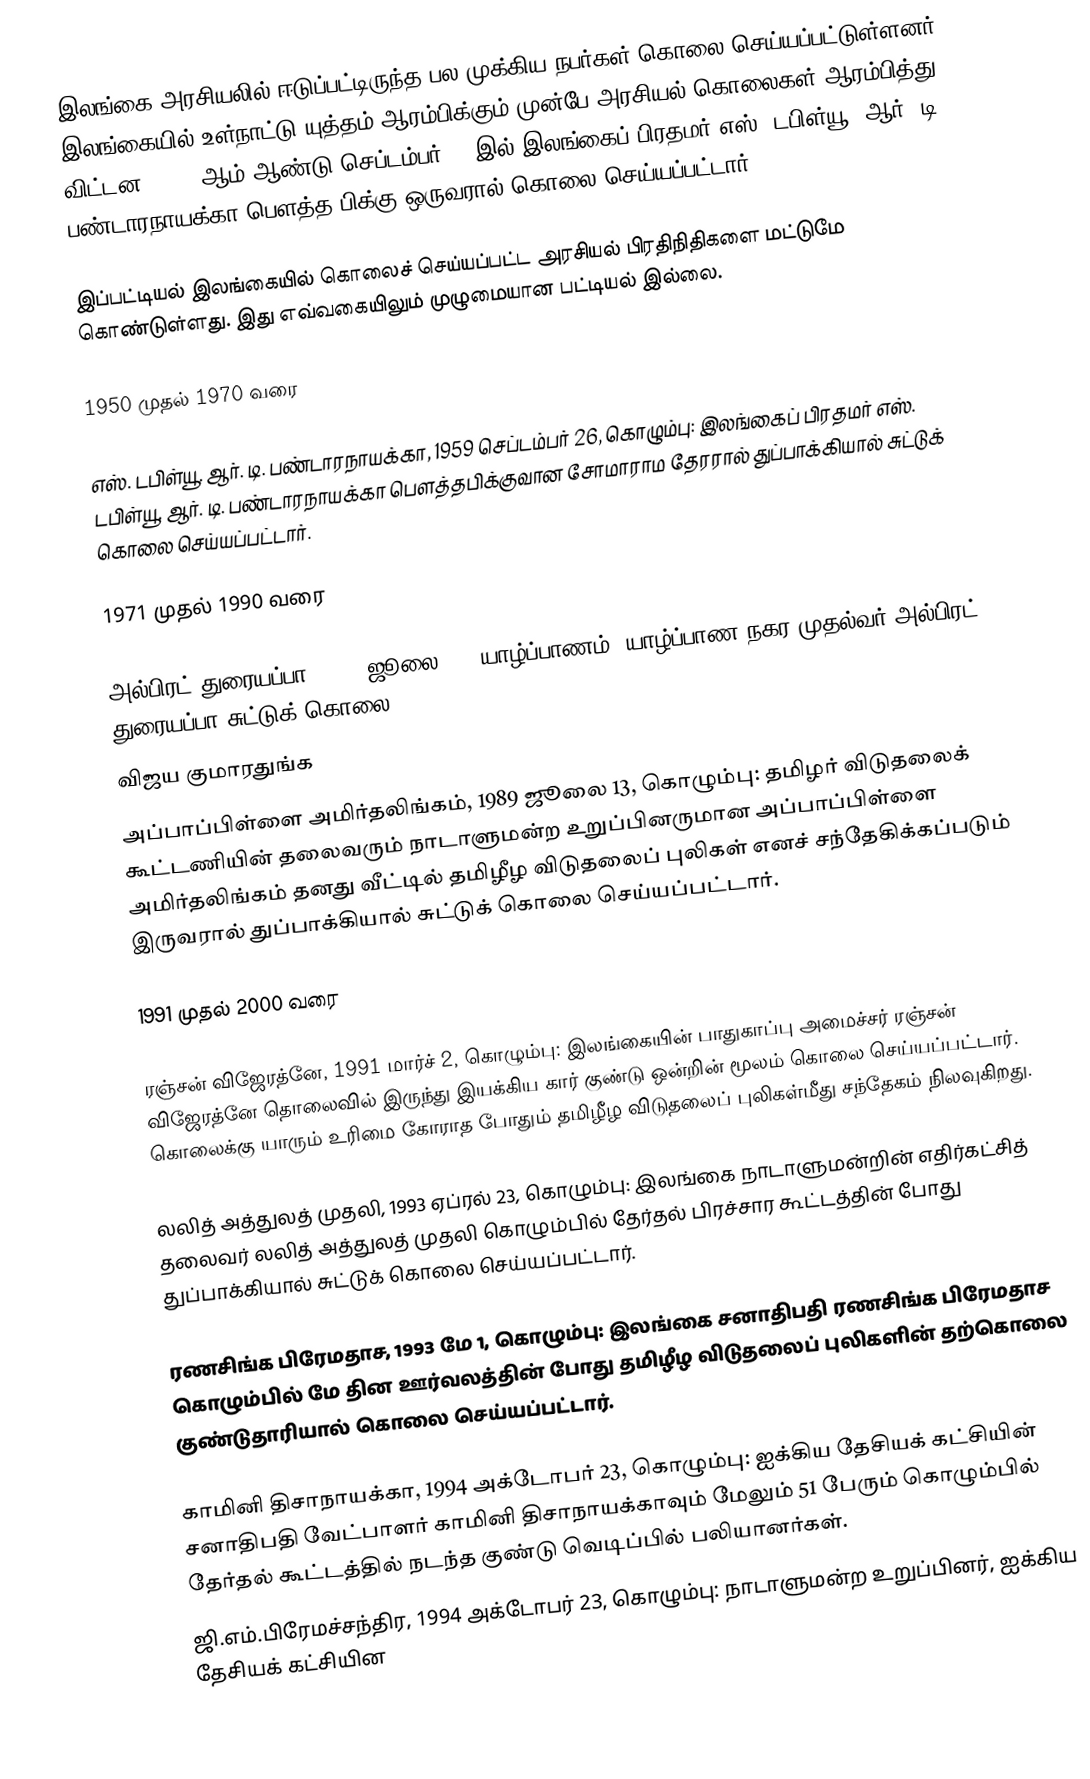
இலங்கை அரசியலில் ஈடுப்பட்டிருந்த பல முக்கிய நபர்கள் கொலை செய்யப்பட்டுள்ளனர். இலங்கையில் உள்நாட்டு யுத்தம் ஆரம்பிக்கும் முன்பே அரசியல் கொலைகள் ஆரம்பித்து விட்டன. 1959 ஆம் ஆண்டு செப்டம்பர் 26 இல் இலங்கைப் பிரதமர் எஸ். டபிள்யூ. ஆர். டி. பண்டாரநாயக்கா பௌத்த பிக்கு ஒருவரால் கொலை செய்யப்பட்டார்.

இப்பட்டியல் இலங்கையில் கொலைச் செய்யப்பட்ட அரசியல் பிரதிநிதிகளை மட்டுமே கொண்டுள்ளது. இது எவ்வகையிலும் முழுமையான பட்டியல் இல்லை.

1950 முதல் 1970 வரை

 எஸ். டபிள்யூ. ஆர். டி. பண்டாரநாயக்கா, 1959 செப்டம்பர் 26, கொழும்பு: இலங்கைப் பிரதமர் எஸ். டபிள்யூ. ஆர். டி. பண்டாரநாயக்கா பௌத்தபிக்குவான சோமாராம தேரரால் துப்பாக்கியால் சுட்டுக் கொலை செய்யப்பட்டார்.

1971 முதல் 1990 வரை

 அல்பிரட் துரையப்பா, 1975 ஜூலை 27, யாழ்ப்பாணம்: யாழ்ப்பாண நகர முதல்வர் அல்பிரட் துரையப்பா சுட்டுக் கொலை.
 விஜய குமாரதுங்க
 அப்பாப்பிள்ளை அமிர்தலிங்கம், 1989 ஜூலை 13, கொழும்பு: தமிழர் விடுதலைக் கூட்டணியின் தலைவரும் நாடாளுமன்ற உறுப்பினருமான அப்பாப்பிள்ளை அமிர்தலிங்கம் தனது வீட்டில் தமிழீழ விடுதலைப் புலிகள் எனச் சந்தேகிக்கப்படும் இருவரால் துப்பாக்கியால் சுட்டுக் கொலை செய்யப்பட்டார்.

1991 முதல் 2000 வரை

 ரஞ்சன் விஜேரத்னே, 1991 மார்ச் 2, கொழும்பு: இலங்கையின் பாதுகாப்பு அமைச்சர் ரஞ்சன் விஜேரத்னே தொலைவில் இருந்து இயக்கிய கார் குண்டு ஒன்றின் மூலம் கொலை செய்யப்பட்டார். கொலைக்கு யாரும் உரிமை கோராத போதும் தமிழீழ விடுதலைப் புலிகள்மீது சந்தேகம் நிலவுகிறது.

 லலித் அத்துலத் முதலி, 1993 ஏப்ரல் 23, கொழும்பு: இலங்கை நாடாளுமன்றின் எதிர்கட்சித் தலைவர் லலித் அத்துலத் முதலி கொழும்பில் தேர்தல் பிரச்சார கூட்டத்தின் போது துப்பாக்கியால் சுட்டுக் கொலை செய்யப்பட்டார்.

 ரணசிங்க பிரேமதாச, 1993 மே 1, கொழும்பு: இலங்கை சனாதிபதி ரணசிங்க பிரேமதாச கொழும்பில் மே தின ஊர்வலத்தின் போது தமிழீழ விடுதலைப் புலிகளின் தற்கொலை குண்டுதாரியால் கொலை செய்யப்பட்டார்.

 காமினி திசாநாயக்கா, 1994 அக்டோபர் 23, கொழும்பு: ஐக்கிய தேசியக் கட்சியின் சனாதிபதி வேட்பாளர் காமினி திசாநாயக்காவும் மேலும் 51 பேரும் கொழும்பில் தேர்தல் கூட்டத்தில் நடந்த குண்டு வெடிப்பில் பலியானர்கள்.
 ஜி.எம்.பிரேமச்சந்திர, 1994 அக்டோபர் 23, கொழும்பு: நாடாளுமன்ற உறுப்பினர், ஐக்கிய தேசியக் கட்சியின